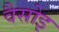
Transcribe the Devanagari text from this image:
वैसोइ